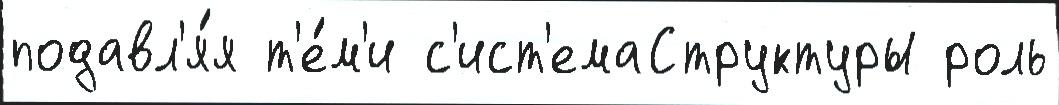
подавл'я́я т'е́м'и с'ист'емаСтруктуры роль